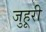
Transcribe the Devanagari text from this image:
जुहूरी